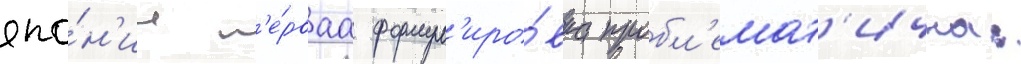
япо́н'ии п'е́рваа формул'иро́вка пробл'емат'ична: